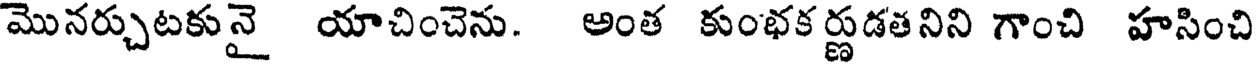
మొనర్చుటకునై యాచించెను. అంత కుంభక ర్ణుడతనిని గాంచి హసించి